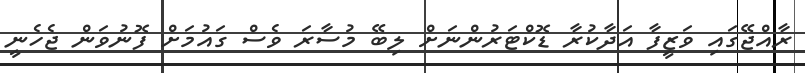
ރާއްޖޭގައި ވަޒީފާ އަދާކުރާ ޑޮކްޓަރުންނަށް ލިބޭ މުސާރަ ވެސް ގައުމަށް ފޮނުވަން ޖެހެނީ